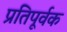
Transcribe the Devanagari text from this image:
प्रतिपूर्वक